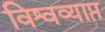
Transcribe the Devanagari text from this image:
विश्वव्याप्त